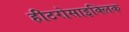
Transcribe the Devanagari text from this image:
हीटरोसाइक्लिक